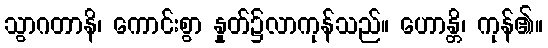
သွာဂတာနိ၊ ကောင်းစွာ နှုတ်၌လာကုန်သည်။ ဟောန္တိ၊ ကုန်၏။